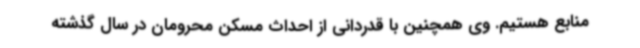
منابع هستیم. وی همچنین با قدردانی از احداث مسکن محرومان در سال گذشته